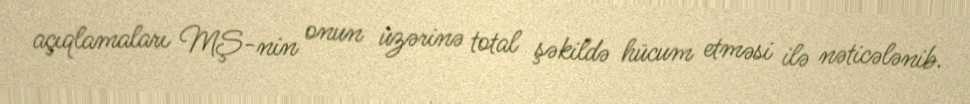
açıqlamaları MŞ-nin onun üzərinə total şəkildə hücum etməsi ilə nəticələnib.